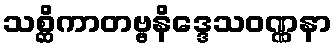
သစ္ဆိကာတဗ္ဗနိဒ္ဒေသဝဏ္ဏနာ